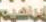
إبراهيم